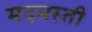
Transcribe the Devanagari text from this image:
मदमस्ती